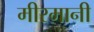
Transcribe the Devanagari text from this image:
मीरमानी